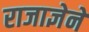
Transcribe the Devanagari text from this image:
राजाज्ञेने